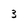
Character: 3